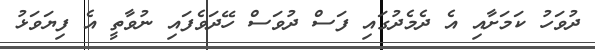
ދުވަހު ކަމަށާއި އެ ދެމެދުގައި ފަސް ދުވަސް ހޭދަވެފައި ނުވާތީ އެ ފިޔަވަޅު